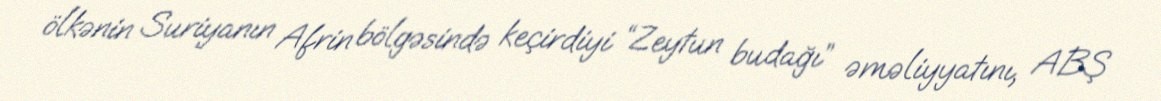
ölkənin Suriyanın Afrin bölgəsində keçirdiyi “Zeytun budağı” əməliyyatını, ABŞ